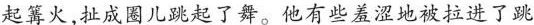
起篝火，扯成圈儿跳起了舞。他有些羞涩地被拉进了跳